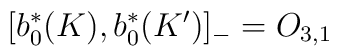
\lbrack b_{0}^{\ast }(K),b_{0}^{\ast }(K^{\prime })]_{-}=O_{3,1}